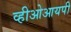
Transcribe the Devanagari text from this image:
व्हीओआयपी